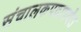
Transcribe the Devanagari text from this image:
संचालकपदापर्यंत